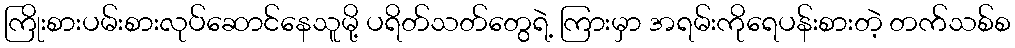
ကြိုးစားပမ်းစားလုပ်ဆောင်နေသူမို့ ပရိတ်သတ်တွေရဲ့ ကြားမှာ အရမ်းကိုရေပန်းစားတဲ့ တက်သစ်စ